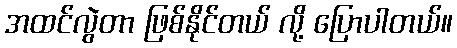
အထင်လွဲတာ ဖြစ်နိုင်တယ် လို့ ပြောပါတယ်။